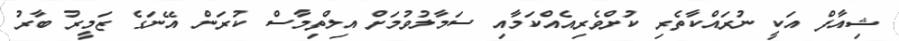
ޝިއާފް އަކީ ނުރައްކާތެރި ކުށްވެރިއެއްކަމާއި ސަމާލުވުމަށް އިލްތިމާސް ކުރަން އޭނަގެ ޒަމީރު ބާރު